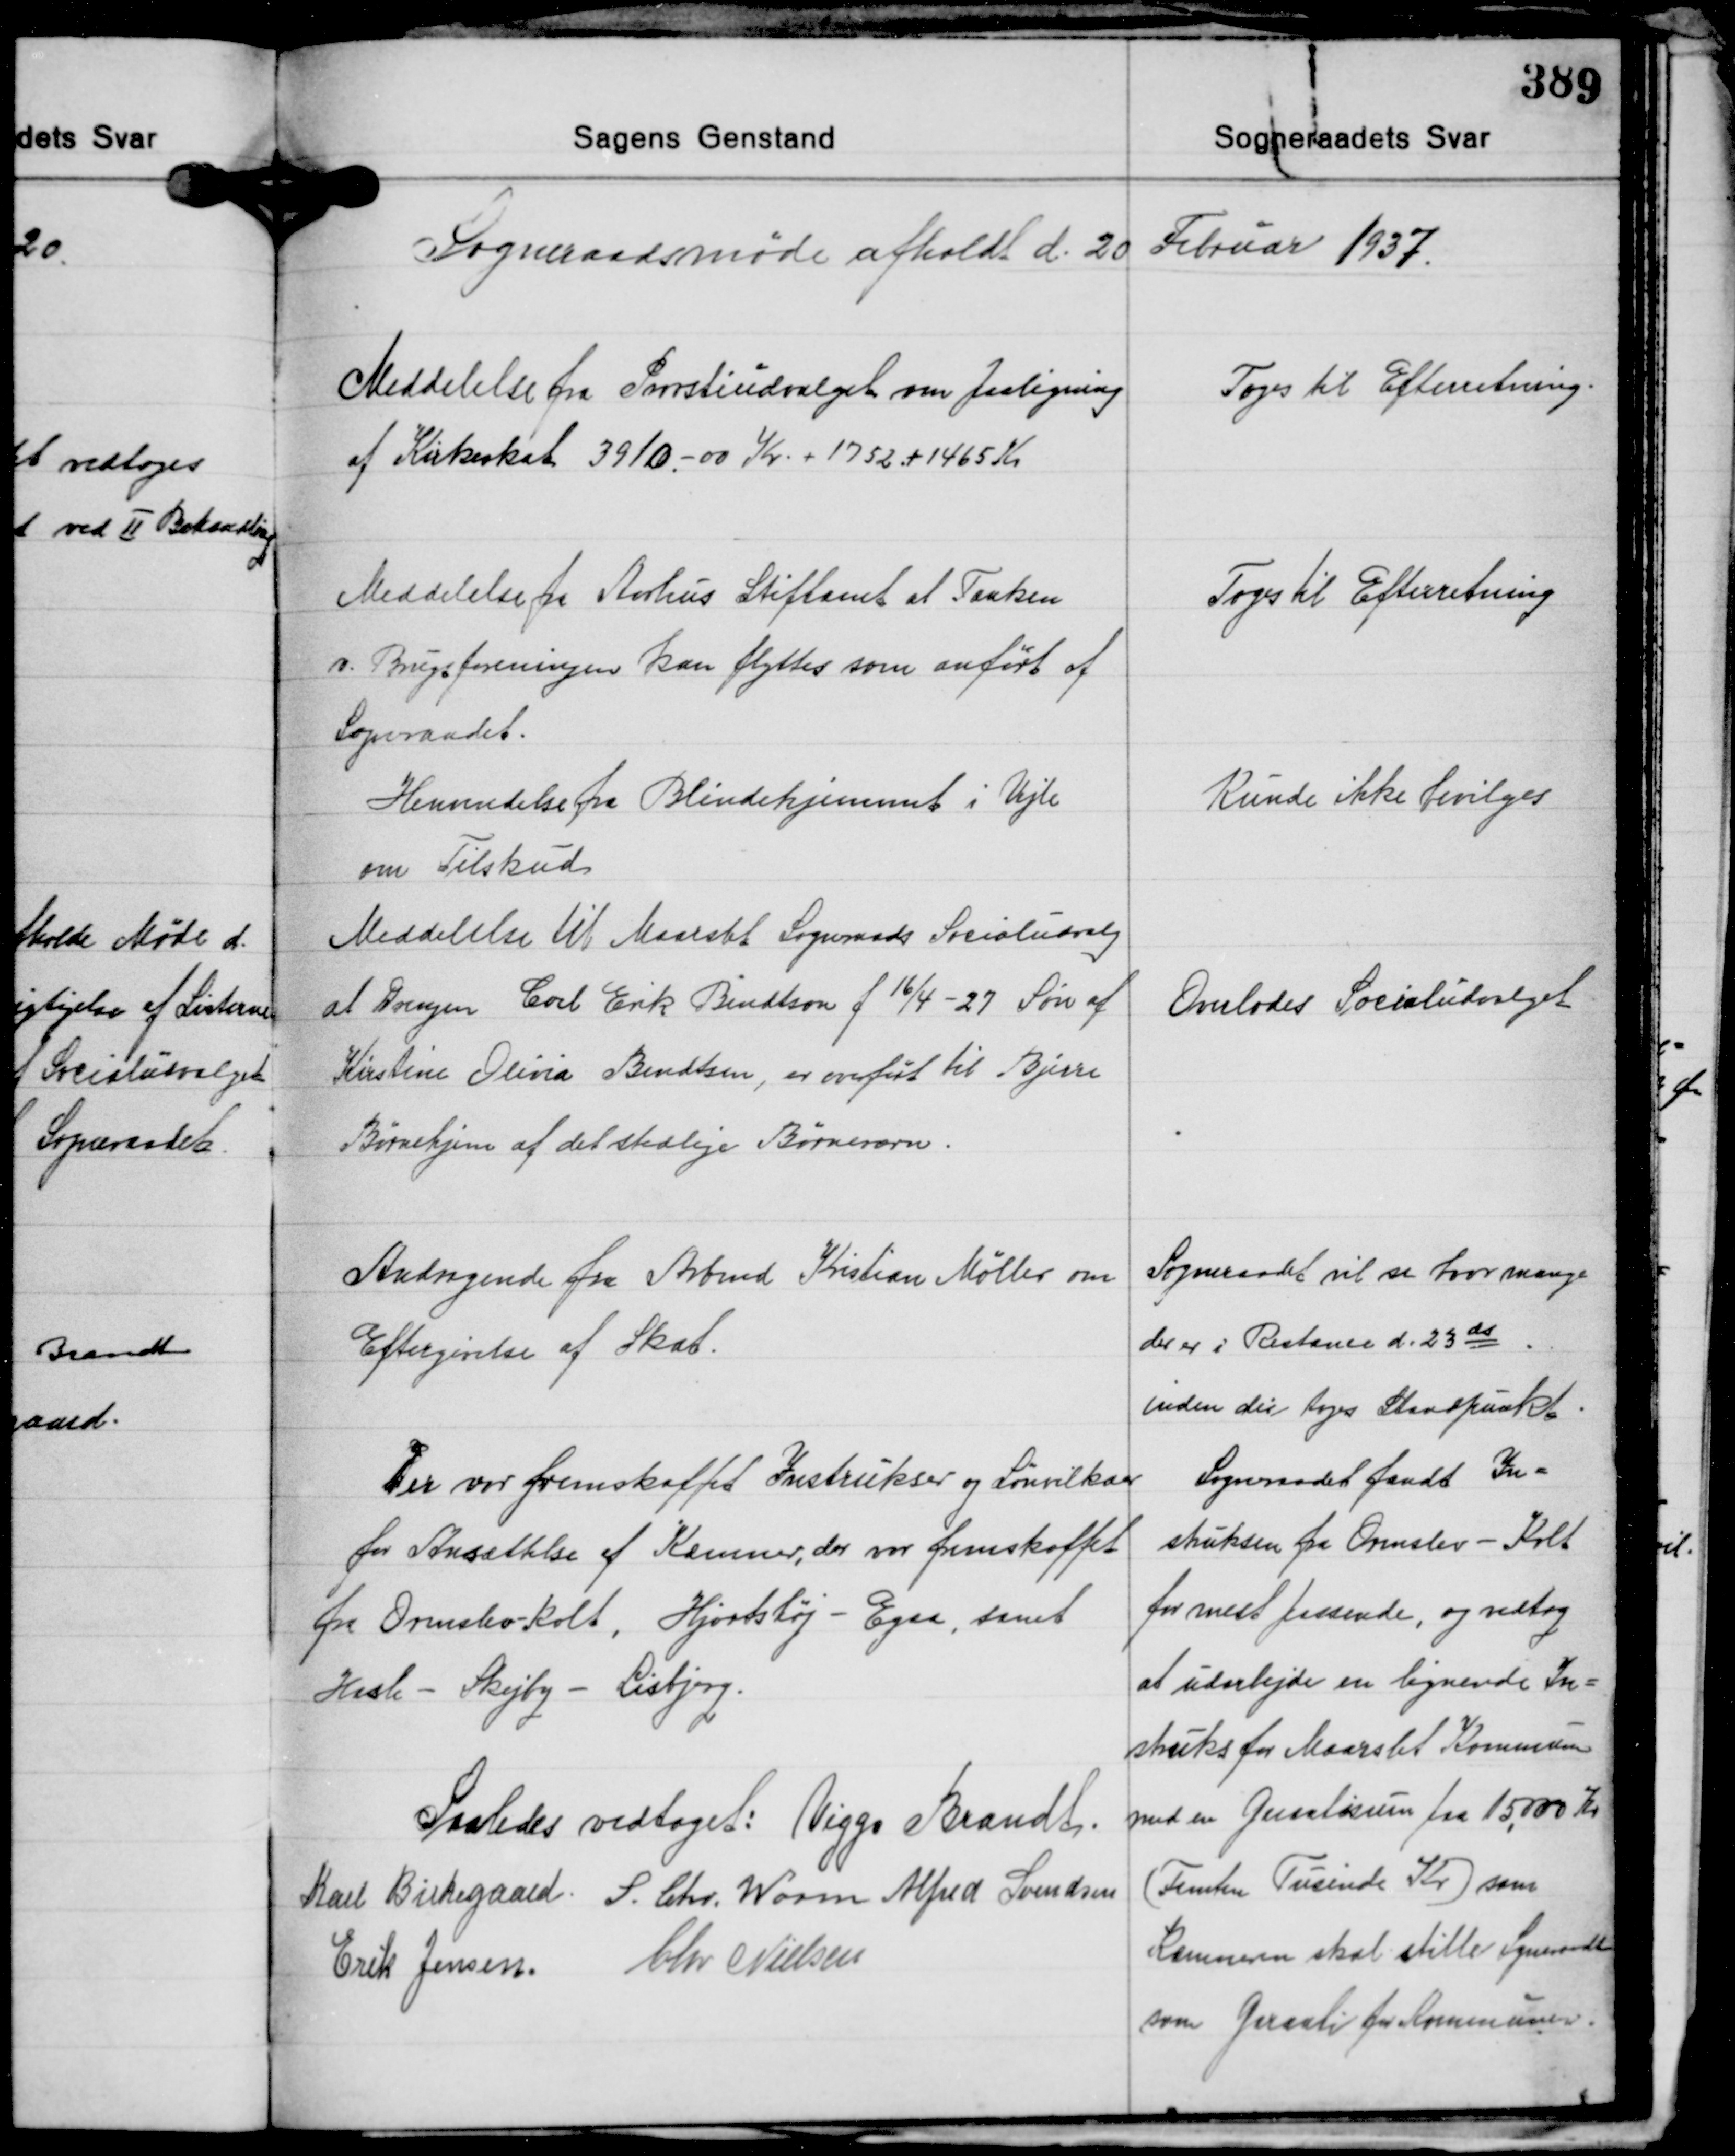
Transskription:
Sogneraadsmøde afholdt d. 20 Februar 1937.

Meddelelse fra Provstiudvalget om paaligning
af Kirkeskat 3910,00 Kr. + 1752 + 1465 Kr.

Toges til Efterretning.

Meddelelse fra Aarhus Stiftamt at Tanken
v. Brugsforeningen kan flyttes som anført af
Sogeraadet.

Toges til Efterretning

Kunde ikke bevilges

Henvendelse fra Blindehjemmet i Vejle
om Tilskud

Meddelelse til Maarslet Sogneraads Socialudvalg
at Drengen Carl Erik Bendtson f. 16/4-27 Søn af
Kirstine Olina Bendtsen, er overført til Bjerre
Børnehjem af det stedlige Børneværn.

Overlodes Socialudvalget

Andragende fra Arbmd. Kristian Møller om
Eftergivelse af Skat.

Sogneraadet vil se hvor mange
der er i Restance d. 23ds
inden der tages Standpunkt.

Der var fremskaffet Instrukser og Lønvilkar
for Ansættelse af Kæmner, der var fremskaffet
fra Ormslev-Kolt, Hjortshøj - Egaa, samt
Hasle - Skejby - Lisbjerg.

Sogneraadet fandt In-
struksen fra Ormslev - Kolt
for mest passende, og vedtog
at udarbejde en lignende In-
struks for Maarslet Kommune
med en Garantisum paa 15.000 Kr.
(Femten Tusinde Kr.) som
Kamneren skal stille Sogneraadet
som Garanti for Kommunen.

Saaledes vedtaget: Viggo Brandt
Karl Birkegaard S. Chr. Worm Alfred Svendsen
Erik Jensen Chr. Nielsen